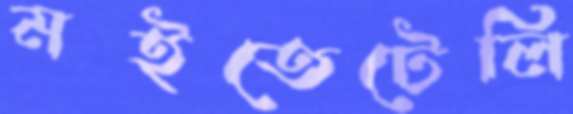
মইতেটেলি